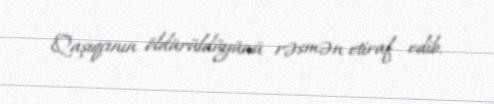
Qaşıqçının öldürüldüyünü rəsmən etiraf edib.